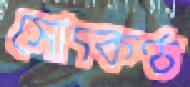
সোৎকণ্ঠ